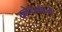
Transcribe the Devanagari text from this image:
क्लेटनबर्ग